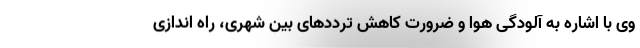
وی با اشاره به آلودگی هوا و ضرورت کاهش ترددهای بین شهری، راه اندازی